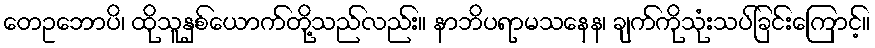
တေဥဘောပိ၊ ထိုသူနှစ်ယောက်တို့သည်လည်း။ နာဘိပရာမသနေန၊ ချက်ကိုသုံးသပ်ခြင်းကြောင့်။